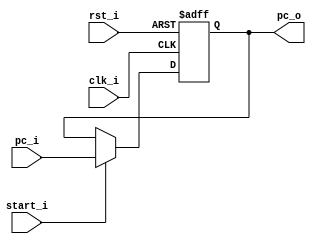
module PC
(
    clk_i,
    rst_i,
    start_i,
    pc_i,
    pc_o
);

// Ports
input               clk_i;
input               rst_i;
input               start_i;
input   [31:0]      pc_i;
output  [31:0]      pc_o;

// Wires & Registers
reg     [31:0]      pc_o;


always@(posedge clk_i or negedge rst_i) begin
    if(~rst_i) begin
        pc_o <= 32'b0;
    end
    else begin
        if(start_i)
            pc_o <= pc_i;
        else
            pc_o <= pc_o;
    end
end

endmodule